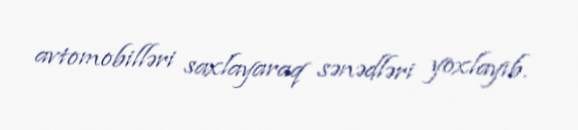
avtomobilləri saxlayaraq sənədləri yoxlayıb.